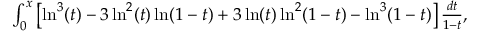
\begin{array} { r } { \int _ { 0 } ^ { x } \left[ \ln ^ { 3 } ( t ) - 3 \ln ^ { 2 } ( t ) \ln ( 1 - t ) + 3 \ln ( t ) \ln ^ { 2 } ( 1 - t ) - \ln ^ { 3 } ( 1 - t ) \right] \frac { d t } { 1 - t } , } \end{array}